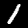
Label: 1